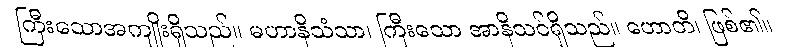
ကြီးသောအကျိုးရှိသည်။ မဟာနိသံသာ၊ ကြီးသော အာနိသင်ရှိသည်။ ဟောတိ၊ ဖြစ်၏။